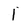
Character: 1